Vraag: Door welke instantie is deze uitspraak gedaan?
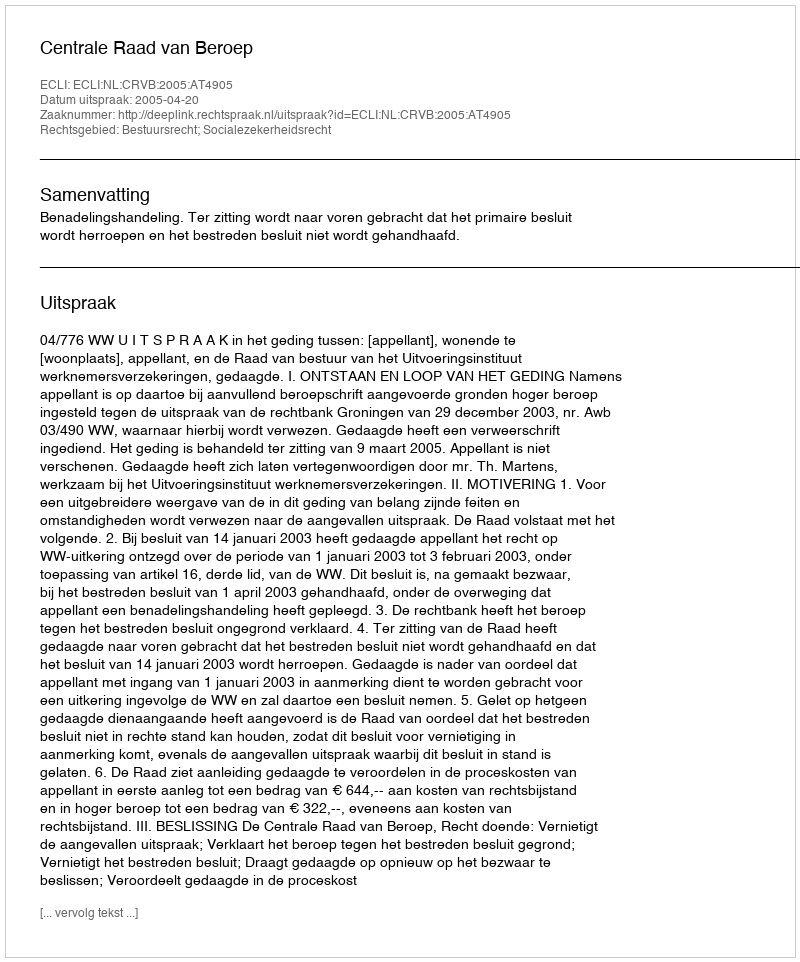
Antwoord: Centrale Raad van Beroep